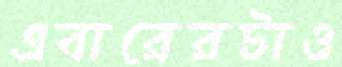
এবারেরটাও